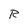
Character: R